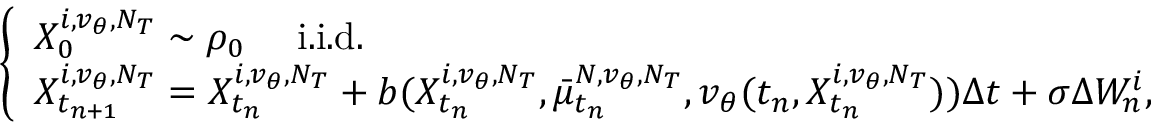
\left\{ \begin{array} { l l } { X _ { 0 } ^ { i , v _ { \theta } , N _ { T } } \sim \rho _ { 0 } \quad \mathrm { ~ i . i . d . } } \\ { X _ { t _ { n + 1 } } ^ { i , v _ { \theta } , N _ { T } } = X _ { t _ { n } } ^ { i , v _ { \theta } , N _ { T } } + b ( X _ { t _ { n } } ^ { i , v _ { \theta } , N _ { T } } , \bar { \mu } _ { t _ { n } } ^ { N , v _ { \theta } , N _ { T } } , v _ { \theta } ( t _ { n } , X _ { t _ { n } } ^ { i , v _ { \theta } , N _ { T } } ) ) \Delta t + \sigma \Delta W _ { n } ^ { i } , } \end{array} \right.